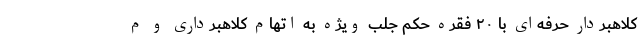
کلاهبردار حرفه‌ای با ۲۰ فقره حکم جلب ویژه به اتهام کلاهبرداری و م